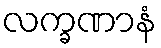
လက္ခဏာနံ